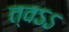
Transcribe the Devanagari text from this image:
त्वऽऽ